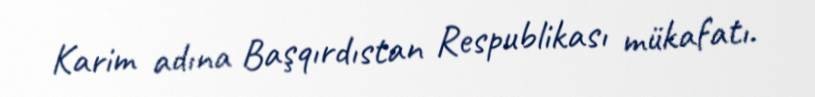
Karim adına Başqırdıstan Respublikası mükafatı.